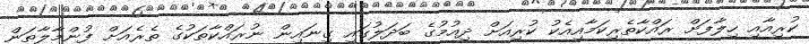
ކުރިއާއި ހިލާފަށް ރައްކާތެރިކަމާއިއެކު ކުރިއަށް ދިއުމުގެ ބަދަލުގައި ގިނައިން ނުރައްކާތަކުގެ ތެރެއަށް ފުންމާލާތަން